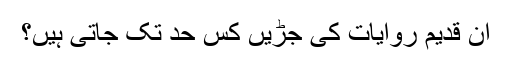
ان قدیم روایات کی جڑیں کس حد تک جاتی ہیں؟